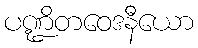
ပဏ္ဍိတဝေဒနီယော